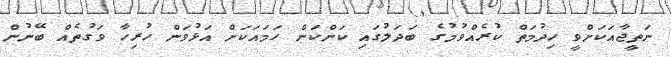
ނަތީޖާއަކަށްވީ ހިދުމަތް ކުރެއްވުމުގެ ބަދަލުގައި ކަންކަން ހަމައަކަށް އަޅުވަން ހުރިހާ ވަގުތެއް ބޭނުން